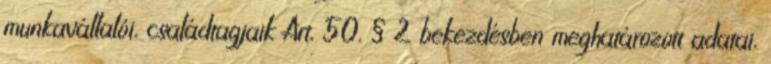
munkavállalói, családtagjaik Art. 50. § 2 bekezdésben meghatározott adatai,